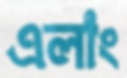
এলাং